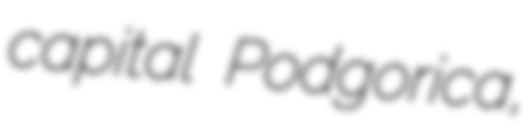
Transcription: capital Podgorica,